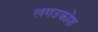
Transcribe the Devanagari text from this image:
लगउकोश